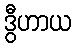
ဒွီဟာယ